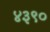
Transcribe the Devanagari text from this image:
४३९०